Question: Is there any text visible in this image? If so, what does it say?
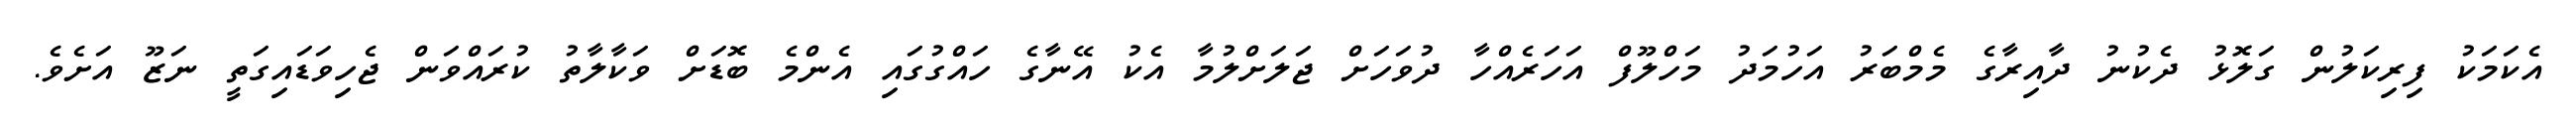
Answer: އެކަމަކު ފިރިކަލުން ގަލޮޅު ދެކުނު ދާއިރާގެ މެމްބަރު އަހުމަދު މަހްލޫފް އަހަރެއްހާ ދުވަހަށް ޖަލަށްލުމާ އެކު އޭނާގެ ހައްގުގައި އެންމެ ބޮޑަށް ވަކާލާތު ކުރައްވަން ޖެހިވަޑައިގަތީ ނަޒޫ އަށެވެ.